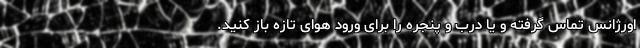
اورژانس تماس گرفته و یا درب و پنجره را برای ورود هوای تازه باز کنید.